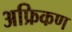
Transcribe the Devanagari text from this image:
अफ्रिकण